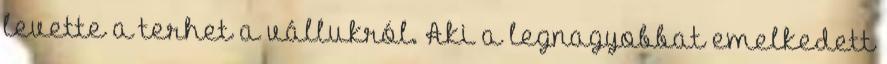
levette a terhet a vállukról. Aki a legnagyobbat emelkedett